Vaccination Hyderabad 1872-1889 - 1872-1889
Year: 1872
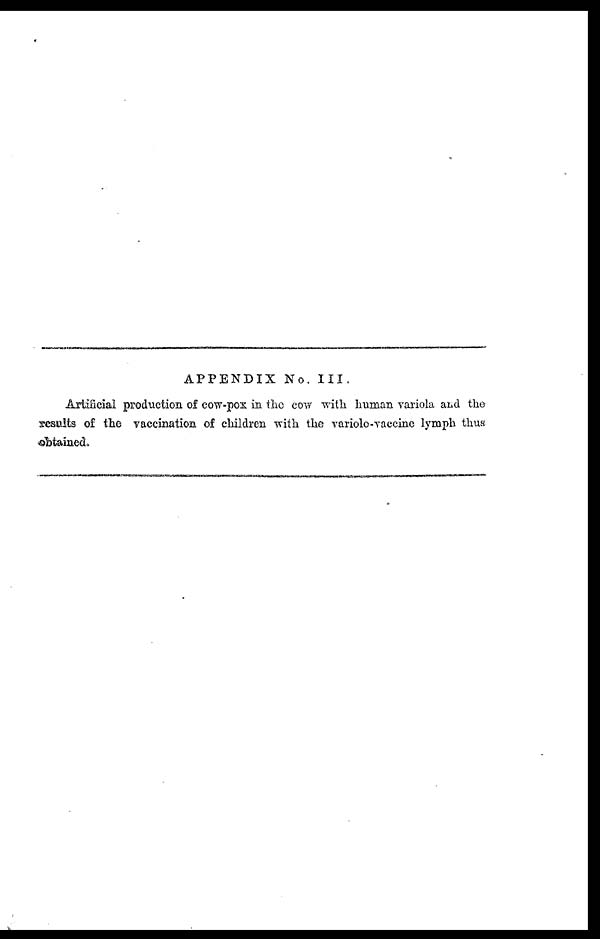
APPENDIX No. III.
Artificial production of cow-pox in the cow with human variola and the
results of the vaccination of children with the variolo-vaccine lymph thus
obtained.